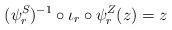
LaTeX: \begin{align*}(\psi_r^S)^{-1} \circ \iota_r \circ \psi_r^Z (z) = z\end{align*}